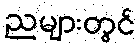
ညများတွင်